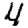
Digit: 4